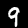
Digit: 9